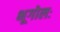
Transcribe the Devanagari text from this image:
भूगोलः